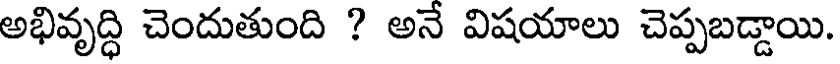
అభివృద్ధి చెందుతుంది ? అనే విషయాలు చెప్పబడ్డాయి.